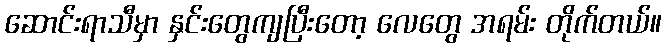
ဆောင်းရာသီမှာ နှင်းတွေကျပြီးတော့ လေတွေ အရမ်း တိုက်တယ်။